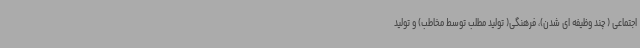
اجتماعی ( چند وظیفه ای شدن)، فرهنگی( تولید مطلب توسط مخاطب) و تولید